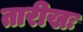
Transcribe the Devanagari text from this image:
तारीखः